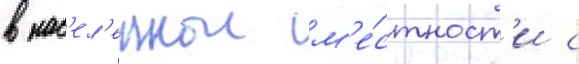
в нас'ел'еннои м'е́стност'и с